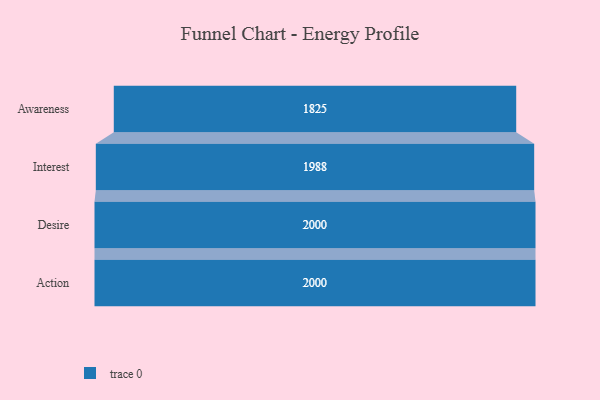
{"axis": {"x": "Stage", "y": "Value"}, "legend": [""], "data": [{"x": "Awareness", "y": 1825.0, "type": ""}, {"x": "Interest", "y": 1988.0, "type": ""}, {"x": "Desire", "y": 2000, "type": ""}, {"x": "Action", "y": 2000, "type": ""}]}